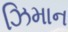
ઝિમાન